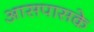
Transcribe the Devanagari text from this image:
आसपासके